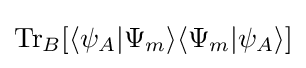
\operatorname {Tr} _{B}[\langle \psi _{A}|\Psi _{m}\rangle \langle \Psi _{m}|\psi _{A}\rangle ]